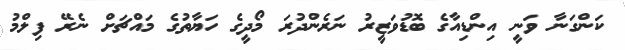
ކަންގަނާ ވަނީ އިންޑިއާގެ ބޮޑުވަޒީރު ނަރެންދުރަ މޯދީގެ ހަޔާތުގެ މައްޗަށް ނެރޭ ފިލްމު